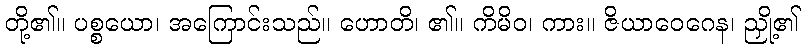
တို့၏။ ပစ္စယော၊ အကြောင်းသည်။ ဟောတိ၊ ၏။ ကိမိဝ၊ ကား။ ဇိယာဝေဂေန၊ ညှို့၏